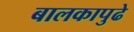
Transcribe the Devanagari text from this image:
बालकापुढे